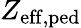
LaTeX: Z_{\mathrm{eff,ped}}